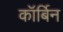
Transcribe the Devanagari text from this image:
कॉर्बिन